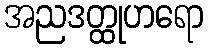
အညဒတ္ထုဟရော